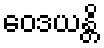
ဝေဒယန္တိ